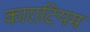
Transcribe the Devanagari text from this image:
काराटियम